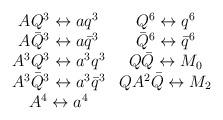
LaTeX: \begin{align*}\begin{array}{cc} A Q^3 \leftrightarrow a q^3 & Q^6 \leftrightarrow q^6 \\ A \bar{Q}^3 \leftrightarrow a \bar{q}^3 & \bar{Q}^6 \leftrightarrow \bar{q}^6 \\ A^3 Q^3 \leftrightarrow a^3 q^3 & Q \bar{Q} \leftrightarrow M_0 \\ A^3 \bar{Q}^3 \leftrightarrow a^3 \bar{q}^3 & Q A^2 \bar{Q} \leftrightarrow M_2 \\ A^4 \leftrightarrow a^4 &\end{array}\end{align*}